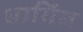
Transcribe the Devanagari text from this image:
धार्मिल